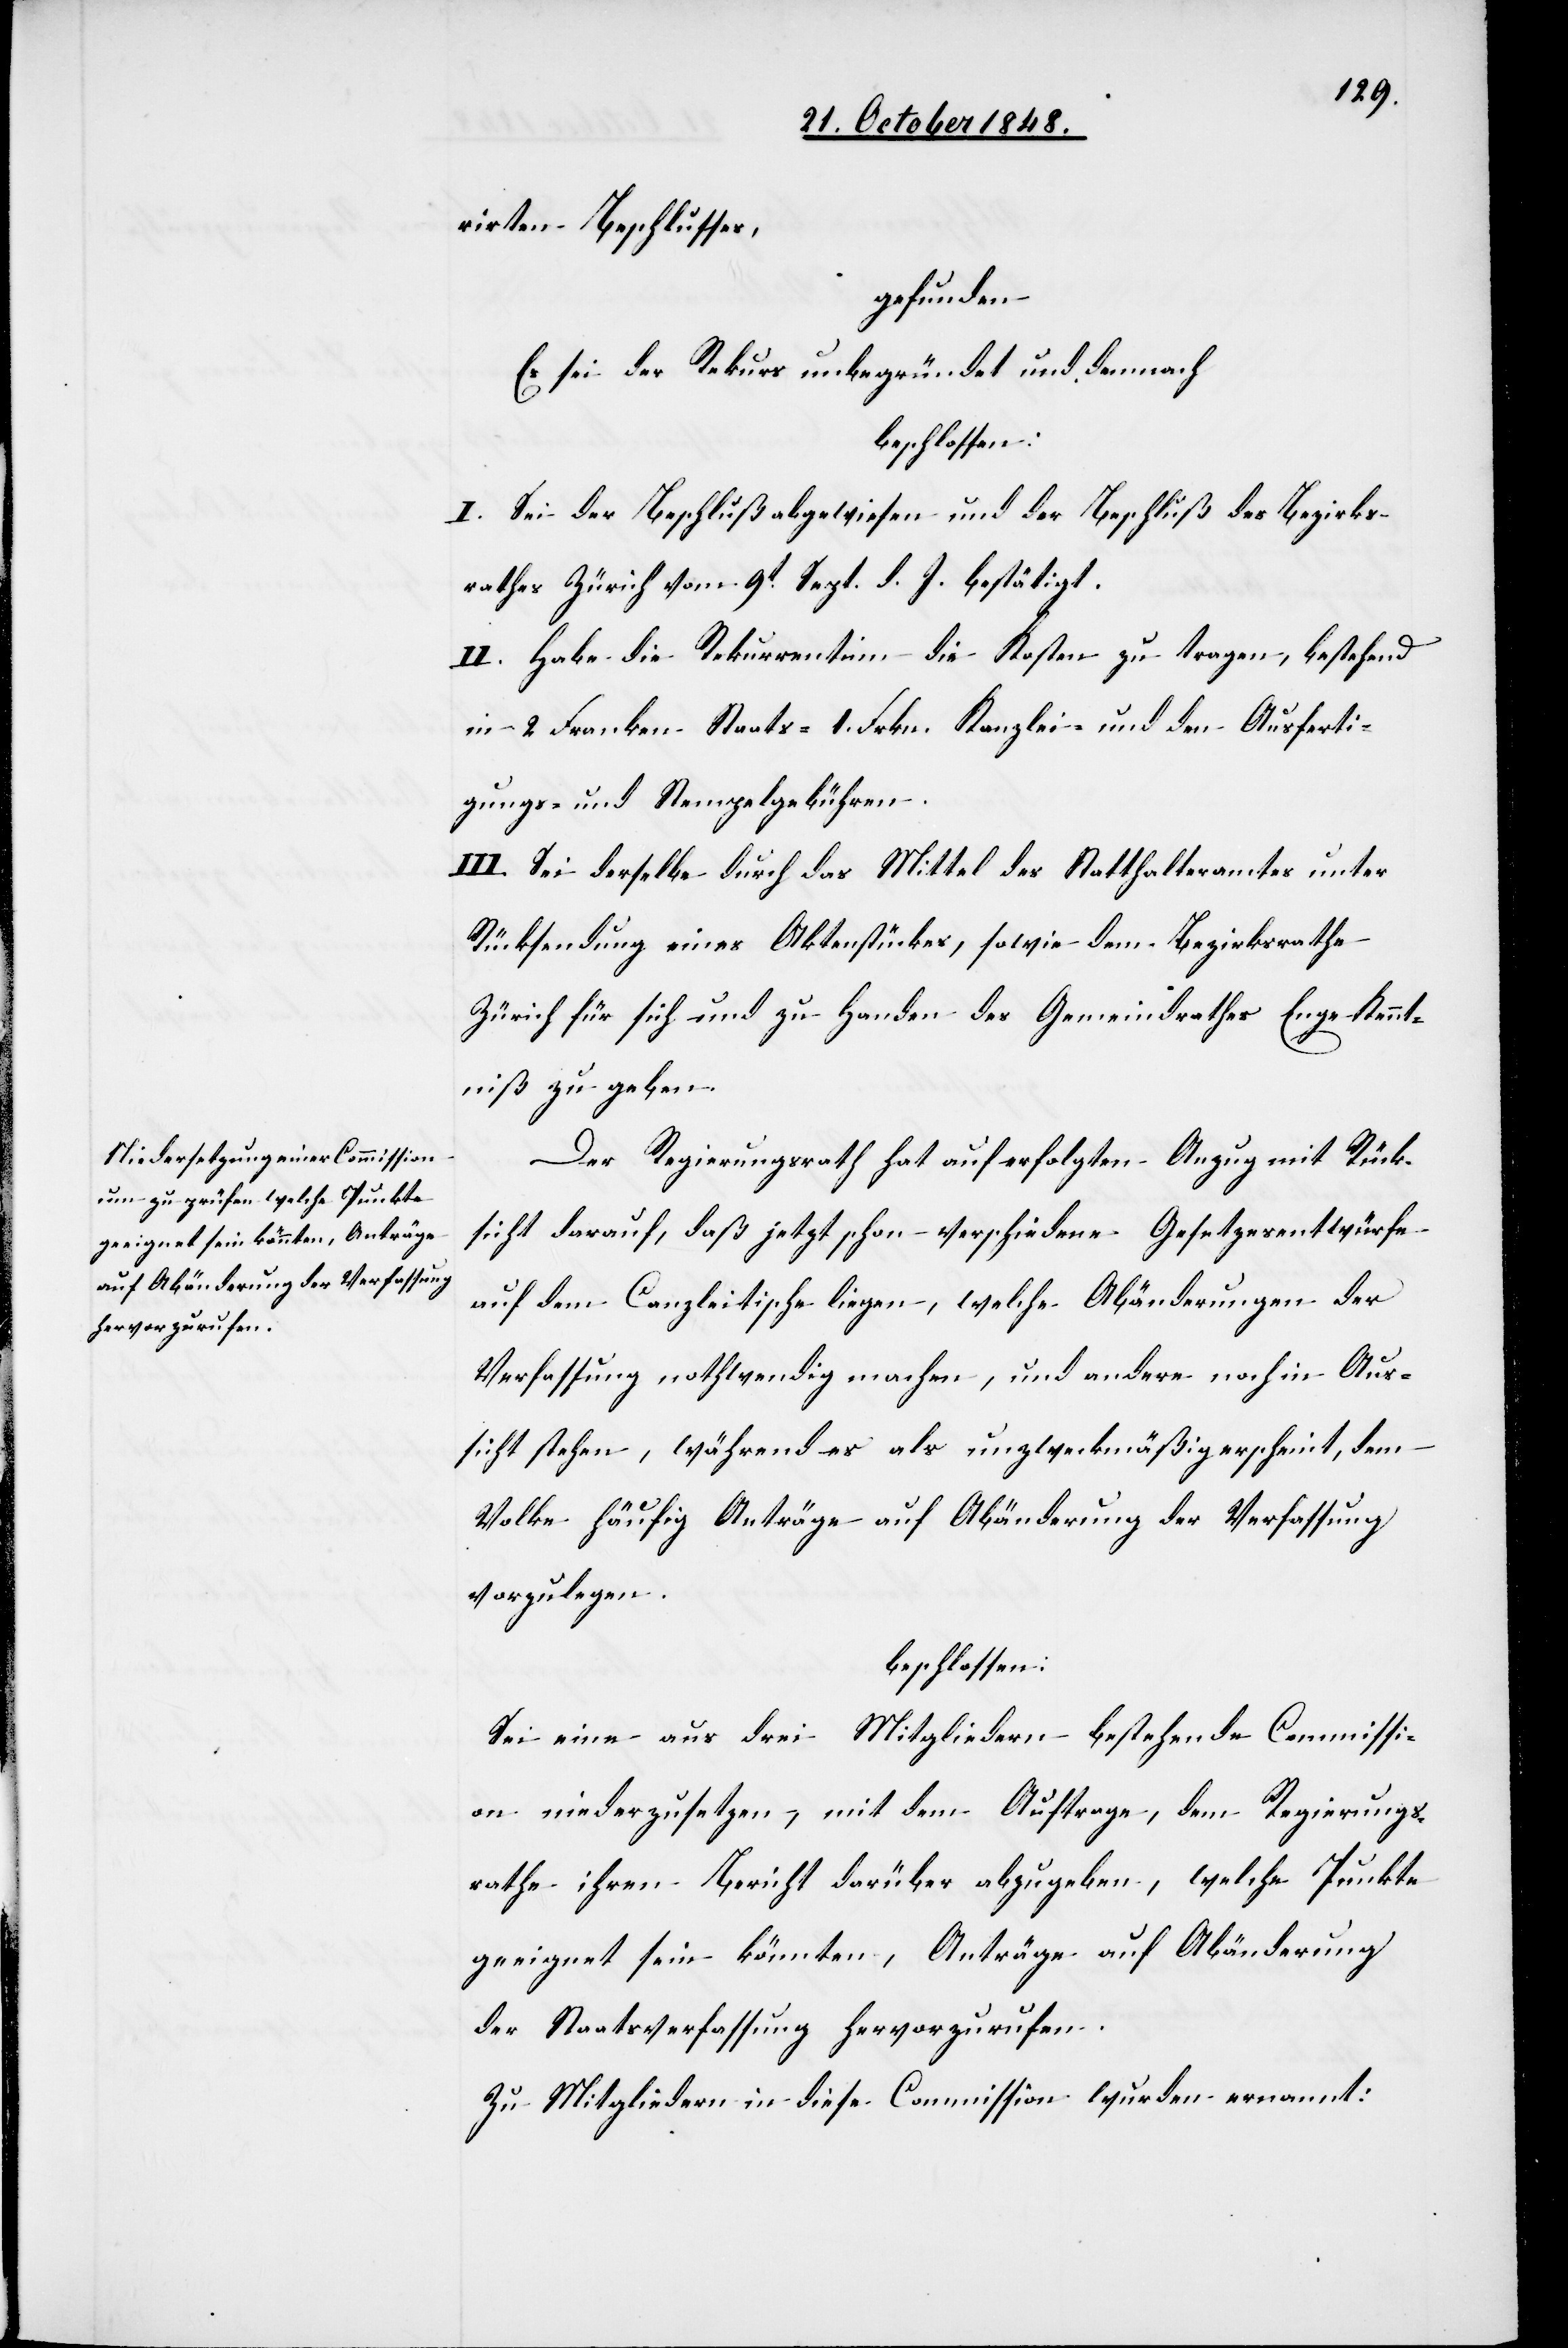
rirten Beschlusses,
gefunden:
Es sei der Rekurs unbegründet und demnach
beschlossen:
I. Sei der Beschluß abgewiesen und der Beschluß des Bezirks¬
rathes Zürich vom 9t Sept. d. J. bestätigt.
II. Habe die Rekurrentinn die Kosten zu tragen, bestehend
in 2. Franken Staats- 1. Frkn. Kanzlei- und den Ausferti¬
gungs- und Stempelgebühren.
III. Sei derselbe durch das Mittel des Statthalteramtes unter
Rücksendung eines Aktenstückes, sowie dem Bezirksrathe
Zürich für sich und zu Handen des Gemeindrathes Enge Kennt¬
niß zu geben.
Der Regierungsrath hat auf erfolgten Anzug mit Rück¬
sicht darauf, daß jetzt schon – verschiedene Gesetzesentwürfe
auf dem Canzleitische liegen, welche Abänderungen der
Verfassung nothwendig machen, und andere noch in Aus¬
sicht stehen, während es als unzweckmäßig erscheint, dem
Volke häufig Anträge auf Abänderung der Verfassung
vorzulegen.
beschlossen:
Sei eine aus drei Mitgliedern bestehende Commissi¬
on niederzusetzen, mit dem Auftrage, dem Regierungs¬
rathe ihren Bericht darüber abzugeben, welche Punkte
geeignet sein könnten, Anträge auf Abänderung
der Staatsverfassung hervorzurufen.
Zu Mitgliedern in diese Commission wurden ernannt: